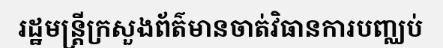
រដ្ឋមន្ត្រីក្រសួងព័ត៌មានចាត់វិធានការបញ្ឈប់